Leaving Certificate Examination, 1914
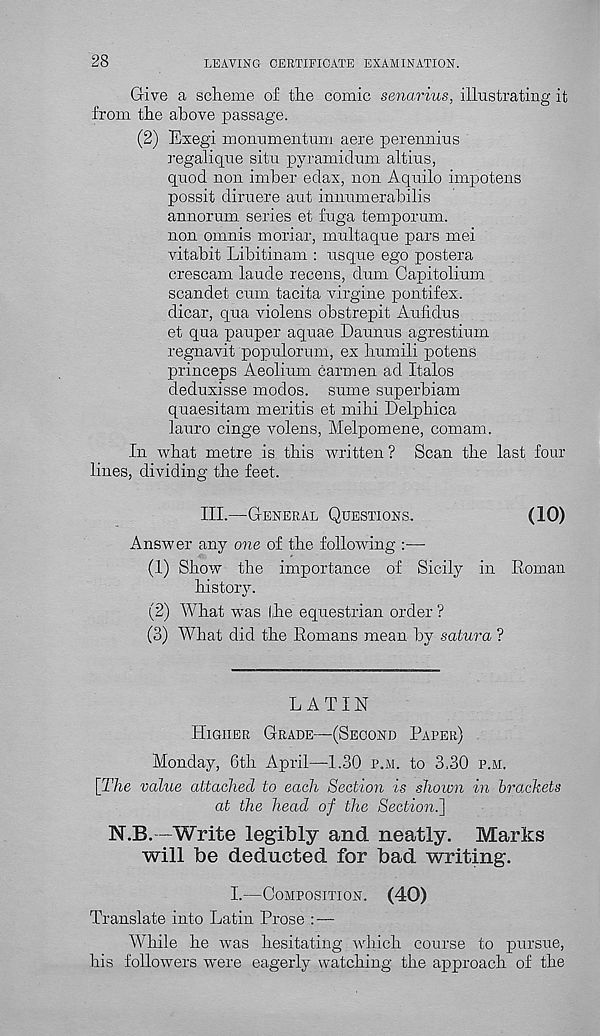
LEAVING CERTIFICATE EXAMINATION.
Give a scheme of the comic senarius, illustrating it
from the above passage.
(2) Exegi monumentum aere perennius
regalique situ pyramidum altius,
quod non imber edax, non Aquilo impotens
possit diruere ant innumerabilis
annorum series et fuga temporum.
non omnis moriar, multaque pars mei
vitabit Libitinam : usque ego postera
crescam laude recens, dum Capitolium
scandet cum tacita virgine pontifex.
dicar, qua violens obstrepit Aufidus
et qua pauper aquae Daunus agrestiurn
regnavit populorum, ex humili potens
princeps Aeolium carmen ad Italos
deduxisse modos. sume superbiam
quaesitam mentis et mihi Delphica
lauro cinge volens, Melpomene, comam.
In what metre is this written ? Scan the last four
lines, dividing the feet.
III.—GENERAL QUESTIONS.
(10)
Answer any one of the following :—
(1) Show the importance of Sicily in Roman
history.
(2) What was the equestrian order ?
(3) What did the Romans mean by satura ?
LATIN
HIGHER GRADE—(SECOND PAPER)
Monday, 6th April—1.30 P.M. to 3.30 P.M.
[The value attached to each Section is shown in brackets
at the head of the Section.']
N.B. -Write legibly and neatly. Marks
will be deducted for bad writing.
I.—COMPOSITION.
(40)
Translate into Latin Prose : —
While he was hesitating which course to pursue,
his followers were eagerly watching the approach of the